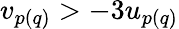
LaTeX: v_{p(q)}>-3u_{p(q)}